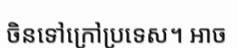
ចិនទៅក្រៅប្រទេស។ អាច